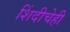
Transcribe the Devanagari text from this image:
शिंदीचेही